Indian Civil Veterinary Department memoirs
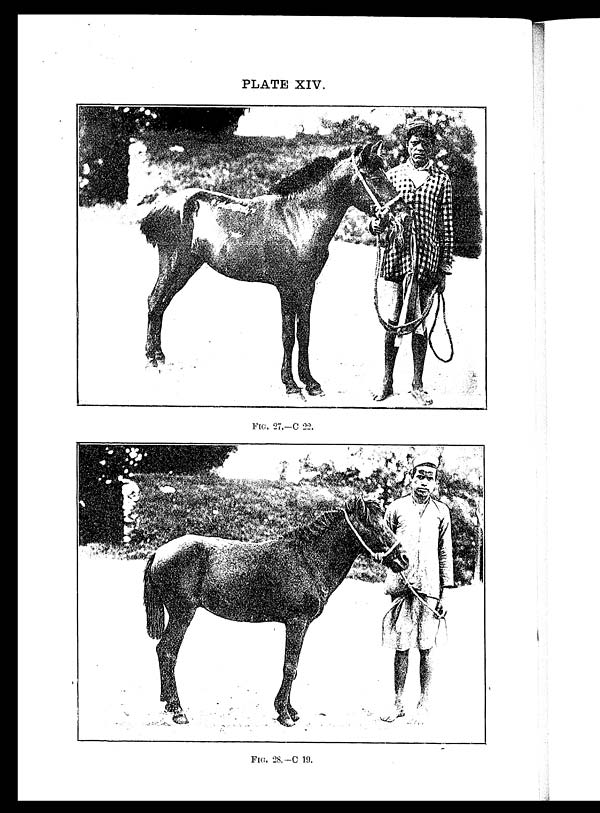
PLATE XIV.
FIG. 27.—C 22.
FIG. 28.—C 19.